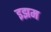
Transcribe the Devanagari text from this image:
इझम